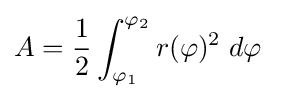
A={\frac {1}{2}}\int _{\varphi _{1}}^{\varphi _{2}}r(\varphi )^{2}\;d\varphi \